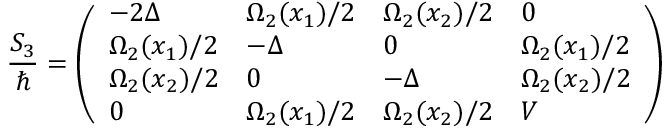
\frac { S _ { 3 } } { \hbar } = \left( \begin{array} { l l l l } { - 2 \Delta } & { \Omega _ { 2 } ( x _ { 1 } ) / 2 } & { \Omega _ { 2 } ( x _ { 2 } ) / 2 } & { 0 } \\ { \Omega _ { 2 } ( x _ { 1 } ) / 2 } & { - \Delta } & { 0 } & { \Omega _ { 2 } ( x _ { 1 } ) / 2 } \\ { \Omega _ { 2 } ( x _ { 2 } ) / 2 } & { 0 } & { - \Delta } & { \Omega _ { 2 } ( x _ { 2 } ) / 2 } \\ { 0 } & { \Omega _ { 2 } ( x _ { 1 } ) / 2 } & { \Omega _ { 2 } ( x _ { 2 } ) / 2 } & { V } \end{array} \right)